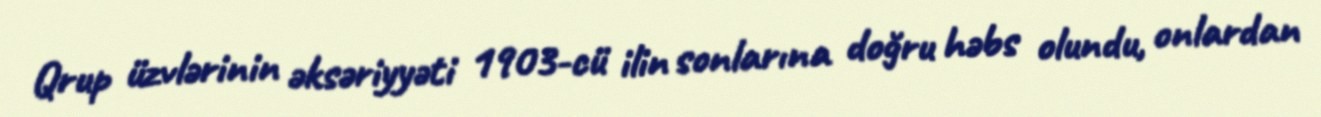
Qrup üzvlərinin əksəriyyəti 1903-cü ilin sonlarına doğru həbs olundu, onlardan